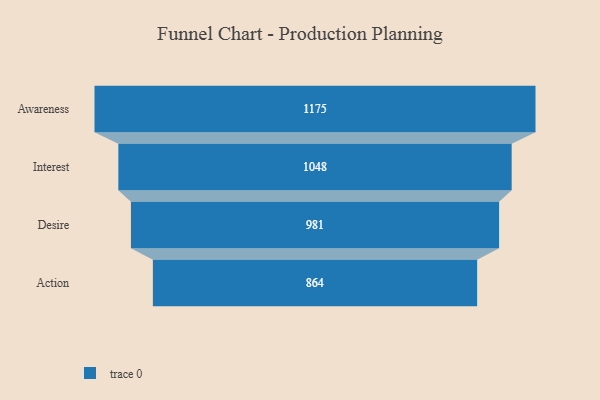
{"axis": {"x": "Stage", "y": "Value"}, "legend": [""], "data": [{"x": "Awareness", "y": 1175.0, "type": ""}, {"x": "Interest", "y": 1048.0, "type": ""}, {"x": "Desire", "y": 981.0, "type": ""}, {"x": "Action", "y": 864.0, "type": ""}]}